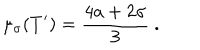
\mu _ { \sigma } ( T ^ { \prime } ) = \frac { 4 a + 2 \sigma } { 3 } \ .